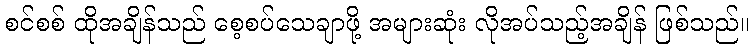
စင်စစ် ထိုအချိန်သည် စေ့စပ်သေချာဖို့ အများဆုံး လိုအပ်သည့်အချိန် ဖြစ်သည်။